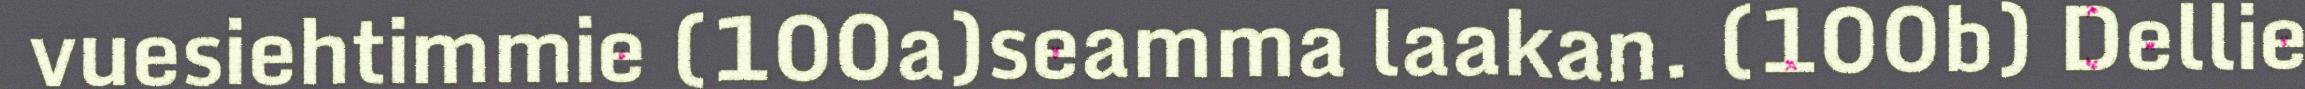
vuesiehtimmie (100a)seamma laakan. (100b) Dellie